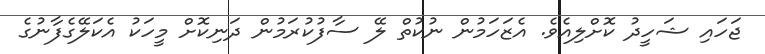
ޖަހައި ޝަހީދު ކޮށްލިއެވެ. އެޒަހަމުން ނުކުތް ލޭ ސާފުކުރަމުން ދަނިކޮށް މީހަކު އެކަލޭގެފާނުގެ